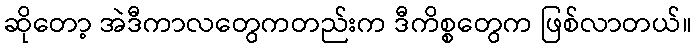
ဆိုတော့ အဲဒီကာလတွေကတည်းက ဒီကိစ္စတွေက ဖြစ်လာတယ်။